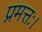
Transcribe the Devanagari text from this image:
प्रमत्तः।